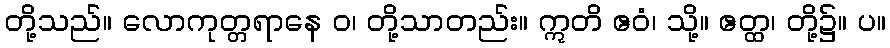
တို့သည်။ လောကုတ္တရာနေ ဝ၊ တို့သာတည်း။ ဣတိ ဧဝံ၊ သို့။ ဧတ္ထ၊ တို့၌။ ပ။